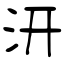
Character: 汧